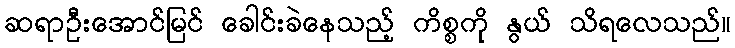
ဆရာဦးအောင်မြင် ခေါင်းခဲနေသည့် ကိစ္စကို နွယ် သိရလေသည်။